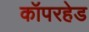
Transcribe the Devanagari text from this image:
कॉपरहेड